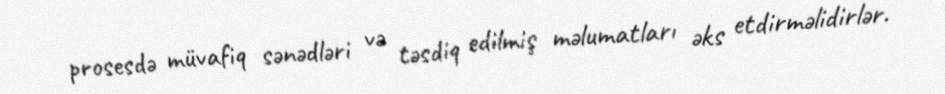
prosesdə müvafiq sənədləri və təsdiq edilmiş məlumatları əks etdirməlidirlər.